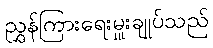
ညွှန်ကြားရေးမှူးချုပ်သည်